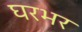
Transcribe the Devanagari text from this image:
घरभर